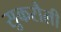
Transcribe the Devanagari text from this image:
सुकरौली